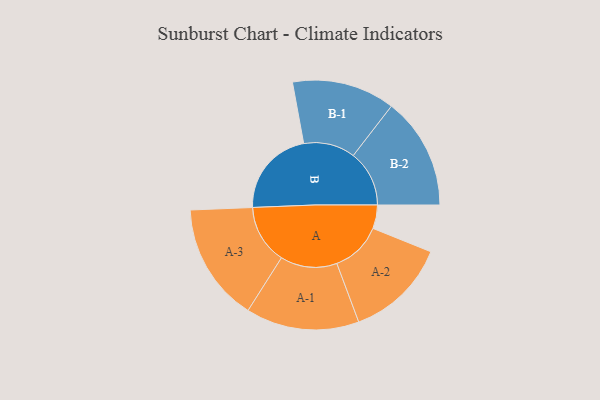
{"axis": {"x": "Segment", "y": "Value"}, "legend": ["", "A", "B"], "data": [{"x": "A", "y": 110, "type": ""}, {"x": "B", "y": 410, "type": ""}, {"x": "A-1", "y": 265, "type": "A"}, {"x": "A-2", "y": 238, "type": "A"}, {"x": "A-3", "y": 277, "type": "A"}, {"x": "B-1", "y": 241, "type": "B"}, {"x": "B-2", "y": 262, "type": "B"}]}